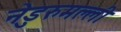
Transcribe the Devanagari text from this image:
नेडुरुमल्ली